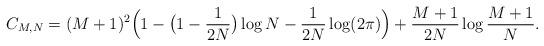
LaTeX: \begin{align*} C_{M,N} = (M + 1)^{2}\Big( 1 - \big( 1- \frac{1}{2N}\big) \log N - \frac{1}{2N} \log(2\pi)\Big) +\frac{M + 1}{2N}\log\frac{M + 1}{N}.\end{align*}